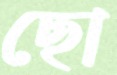
ছো